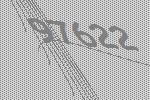
97622